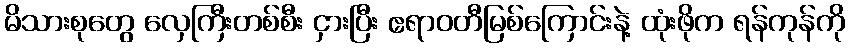
မိသားစုတွေ လှေကြီးတစ်စီး ငှားပြီး ဧရာဝတီမြစ်ကြောင်းနဲ့ ထုံးဖိုက ရန်ကုန်ကို